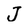
Character: J